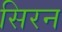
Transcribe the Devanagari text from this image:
सिरन